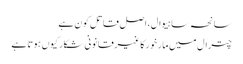
سانحہ ساہیوال، اصل قاتل کون ہے
چترال میں مارخورکا غیرقانونی شکار کیوں ہوتا ہے